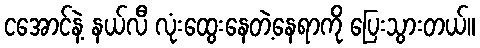
ငအောင်နဲ့ နယ်လီ လုံးထွေးနေတဲ့နေရာကို ပြေးသွားတယ်။